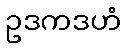
ဥဒကဒဟံ